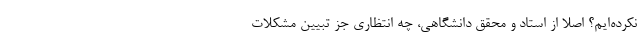
نکرده‌ایم؟ اصلاً از استاد و محقق دانشگاهی، چه انتظاری جز تبیین مشکلات